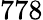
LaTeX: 778